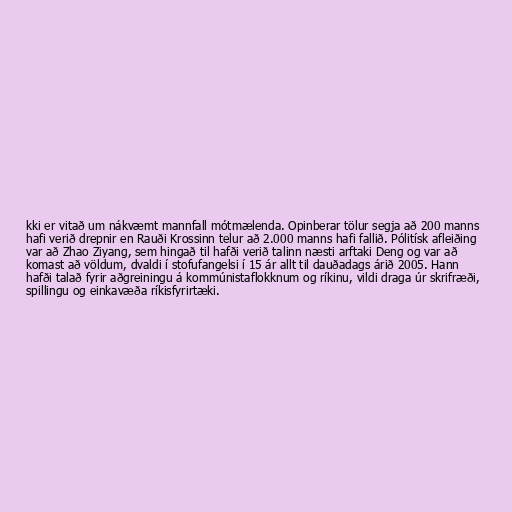
kki er vitað um nákvæmt mannfall mótmælenda. Opinberar tölur segja að 200 manns
hafi verið drepnir en Rauði Krossinn telur að 2.000 manns hafi fallið. Pólitísk afleiðing
var að Zhao Ziyang, sem hingað til hafði verið talinn næsti arftaki Deng og var að
komast að völdum, dvaldi í stofufangelsi í 15 ár allt til dauðadags árið 2005. Hann
hafði talað fyrir aðgreiningu á kommúnistaflokknum og ríkinu, vildi draga úr skrifræði,
spillingu og einkavæða ríkisfyrirtæki.